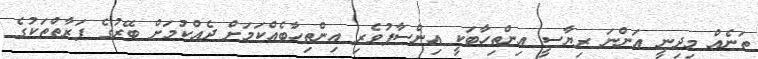
ތަނެއް މިދިނީ އަންނަ ރިޔާސީ އިންތިހާބަކީ އިންސާފުވެރި އިންތިހާބެއްކަމަށް ދެއްކުމަށް ބޭރުގެ ފަރާތްތަކުގެ